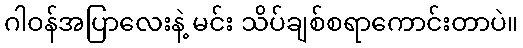
ဂါဝန်အပြာလေးနဲ့ မင်း သိပ်ချစ်စရာကောင်းတာပဲ။